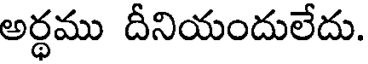
అర్ధము దీనియందులేదు.